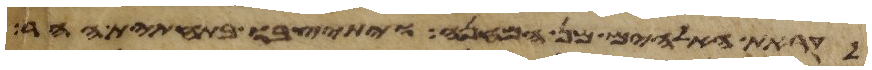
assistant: לקראת האלהים מן המחנה ויתיצבו בתחתית ההר